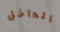
الداخل